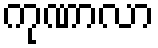
ကုဏာလာ